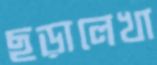
ছড়ালেখা